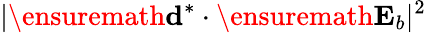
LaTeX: |\ensuremath{\mathbf{d}}^{*}\cdot\ensuremath{\mathbf{E}_{b}}|^{2}